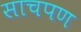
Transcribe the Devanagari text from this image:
साचपण